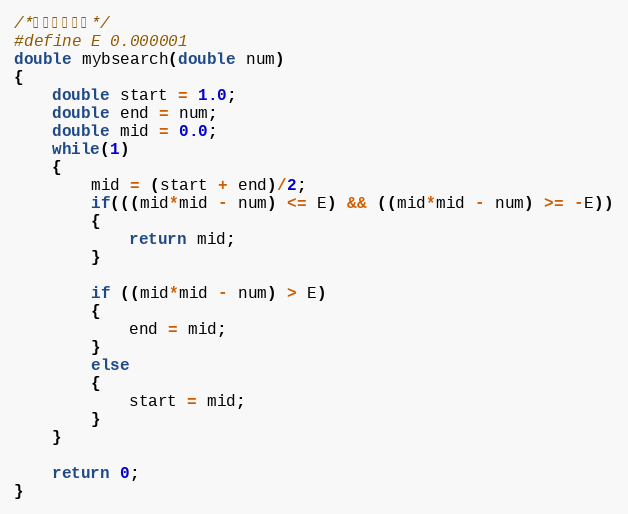
Language: C
/*求解精度设置*/
#define E 0.000001
double mybsearch(double num)
{
	double start = 1.0;
	double end = num;
    double mid = 0.0;
	while(1)
	{
	    mid = (start + end)/2;
        if(((mid*mid - num) <= E) && ((mid*mid - num) >= -E))
		{
			return mid;
		}

		if ((mid*mid - num) > E)
		{
			end = mid;
		}
		else
		{
			start = mid;
		}
 	}

	return 0;
}